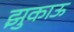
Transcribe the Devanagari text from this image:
झुकाऊ